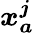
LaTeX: \boldsymbol{x_{a}^{j}}